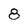
Character: 8